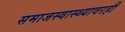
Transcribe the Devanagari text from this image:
समाजस्वास्थ्यावरही